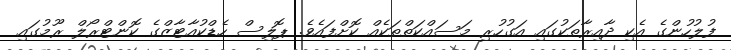
ފުލުހުންގެ އެކި ދާއިރާތަކުގައި އަގުހުރި މަސައްކަތްތަކެއް ކޮށްފައެވެ. ޕޮލިސް ހެޑްކުއާޓާޒްގެ ކޮންޓްރޯލް ރޫމުގައި